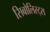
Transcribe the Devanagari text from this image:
सिबोलिस्ट्स